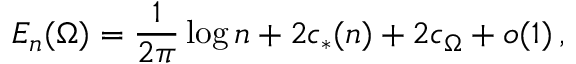
E _ { n } ( \Omega ) = \frac { 1 } { 2 \pi } \log n + 2 c _ { * } ( n ) + 2 c _ { \Omega } + o ( 1 ) \, ,